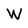
Character: W